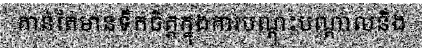
កាន់តែមានទឹកចិត្តក្នុងការបណ្តុះបណ្តាលនិង